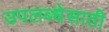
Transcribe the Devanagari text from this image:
उपलब्धेसाठी